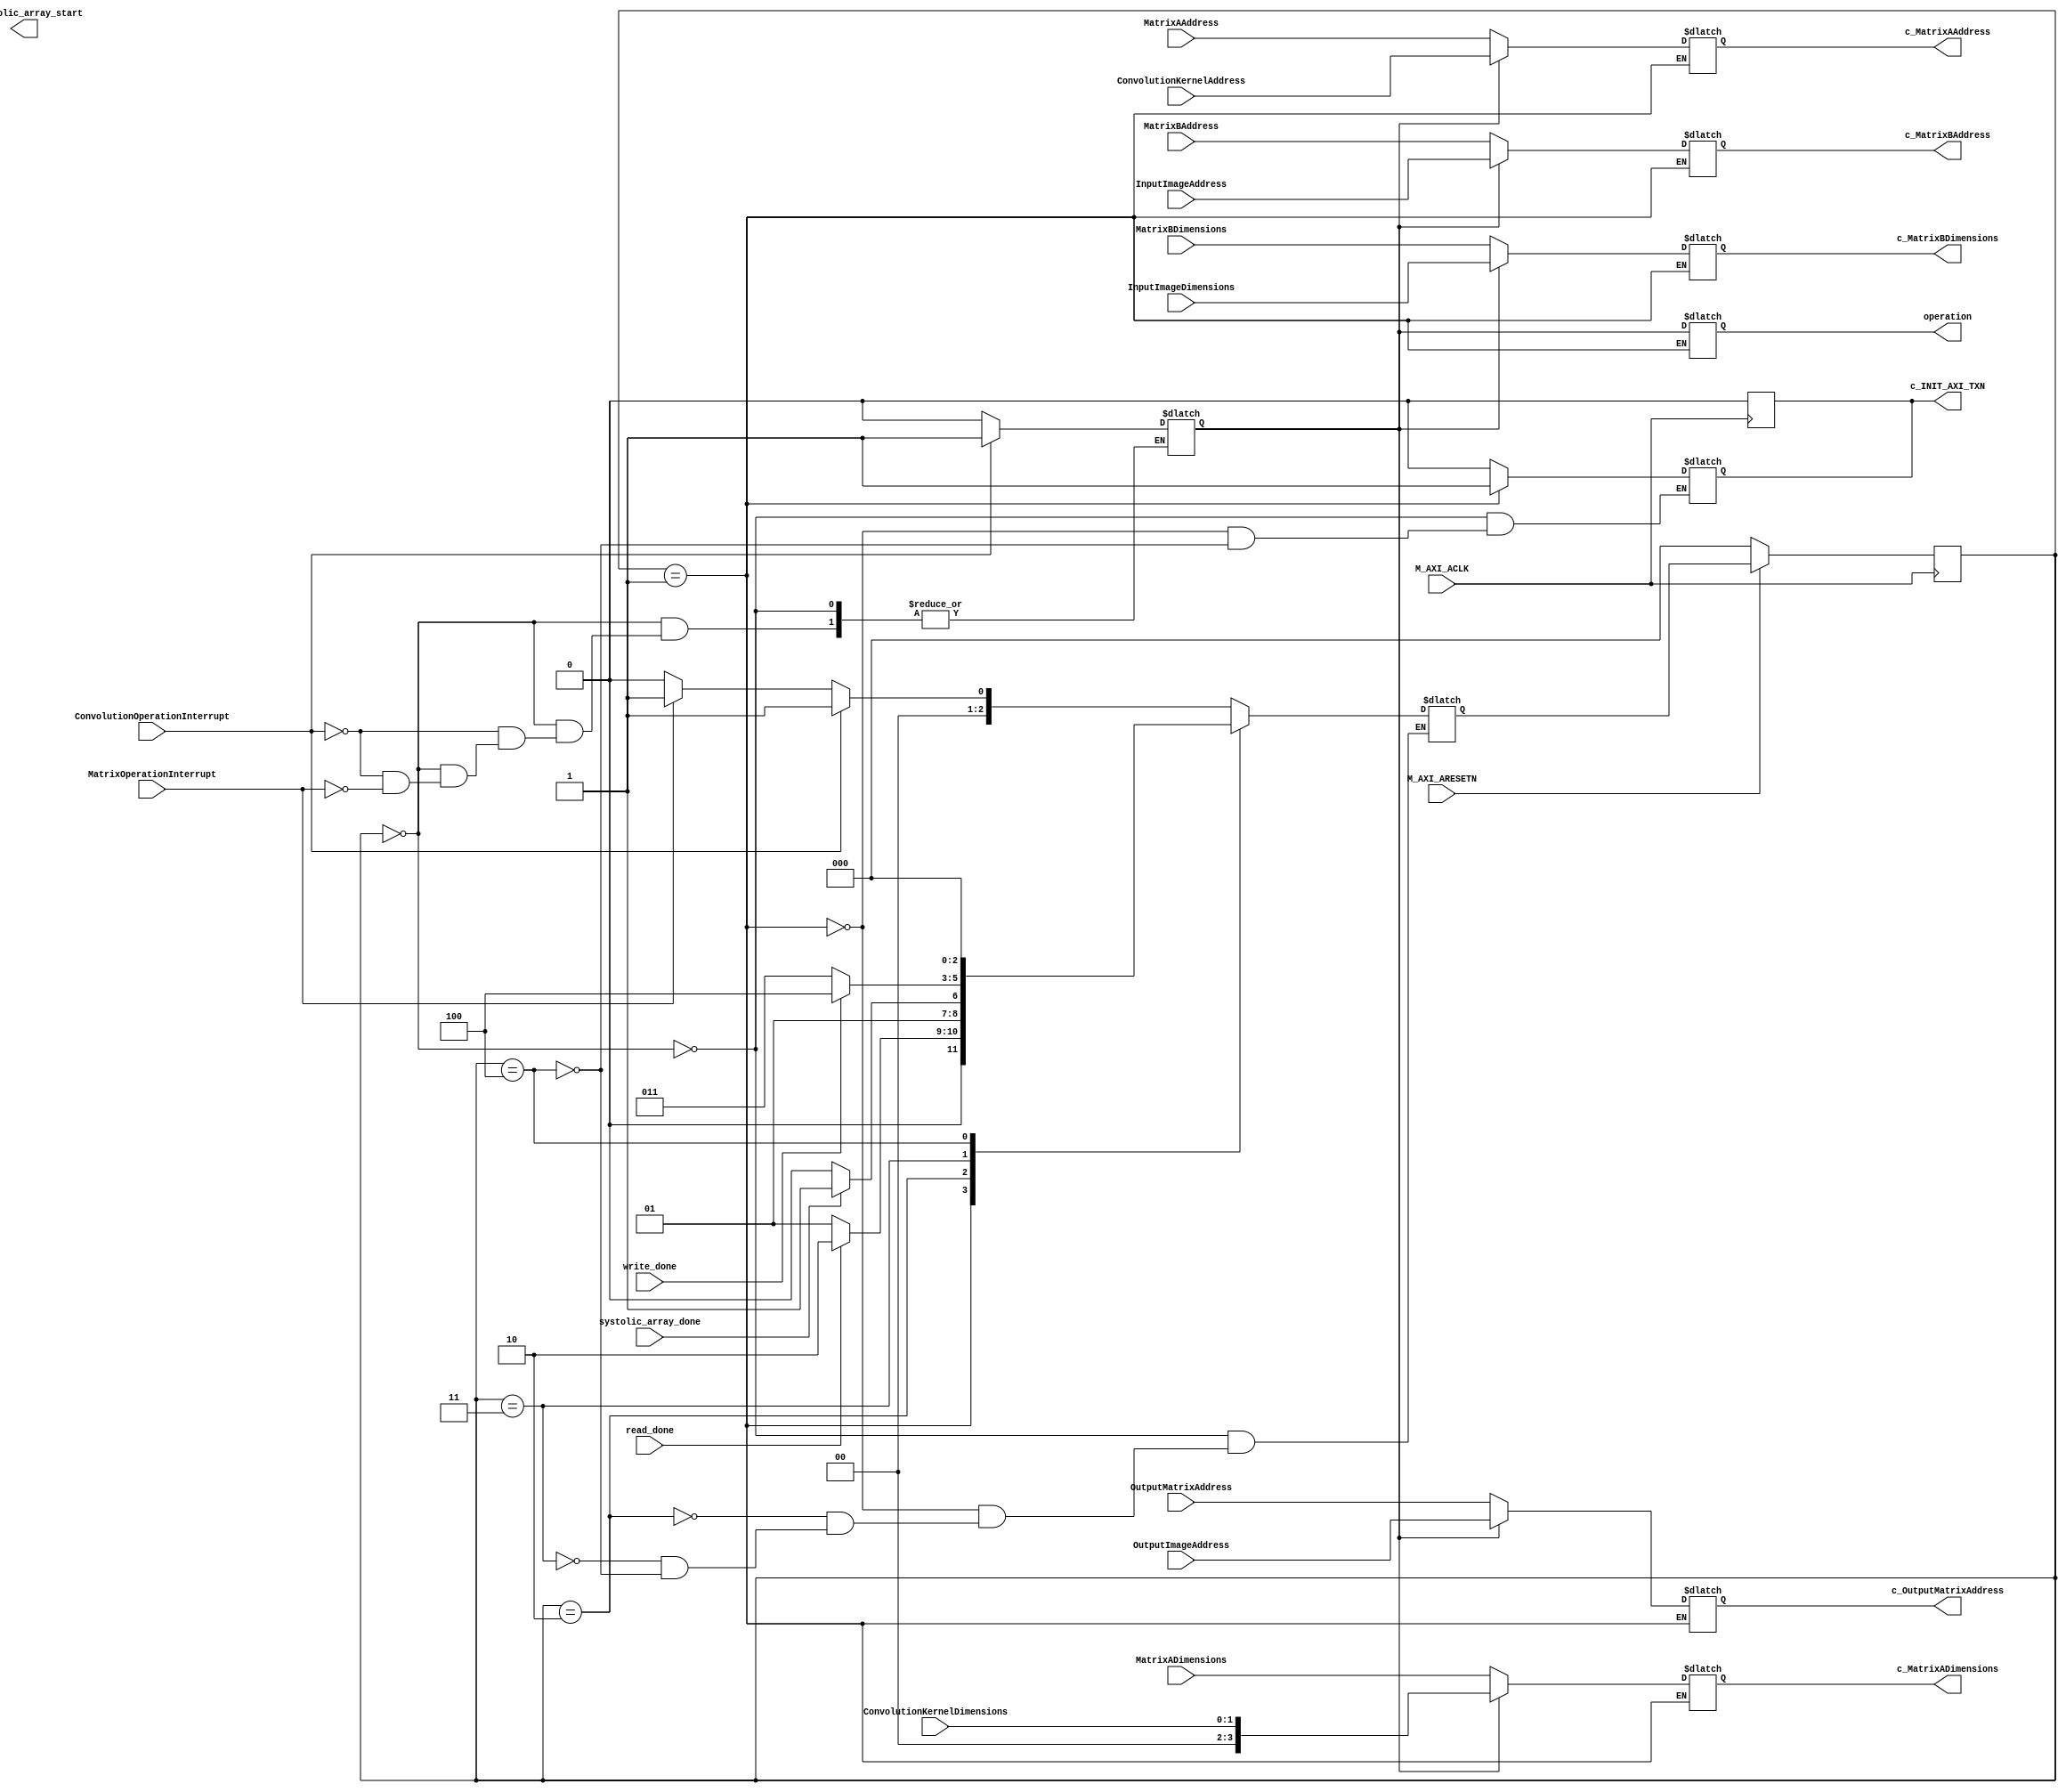
`timescale 1ns / 1ps
//////////////////////////////////////////////////////////////////////////////////
// Company: 
// Engineer: 
// 
// Design Name: 
// Module Name: controller
// Project Name: 
// Target Devices: 
// Tool Versions: 
// Description: 
// 
// Dependencies: 
// 
// Revision:
// Revision 0.01 - File Created
// Additional Comments:
// 
//////////////////////////////////////////////////////////////////////////////////

module controller(
input M_AXI_ACLK,
    input M_AXI_ARESETN,
    input wire [31:0] InputImageAddress,
    input wire [3:0] InputImageDimensions,
    input wire [31:0] ConvolutionKernelAddress,
    input wire [1:0] ConvolutionKernelDimensions,
    input wire [31:0] OutputImageAddress,
    input wire [31:0] MatrixAAddress,
    input wire [3:0] MatrixADimensions,
    input wire [31:0] MatrixBAddress,
    input wire [3:0] MatrixBDimensions,
    input wire [31:0] OutputMatrixAddress,
    input wire ConvolutionOperationInterrupt,
    input wire MatrixOperationInterrupt,

    output reg [31:0] c_MatrixAAddress,
    output reg [3:0] c_MatrixADimensions,
    output reg [31:0] c_MatrixBAddress,
    output reg [3:0] c_MatrixBDimensions,
    output reg [31:0] c_OutputMatrixAddress,
    output reg operation,

    input read_done,
    input systolic_array_done,
    input write_done,

    output c_INIT_AXI_TXN,
    output c_systolic_array_start
);

    // Internal registers and wires
    reg [2:0] state, next_state;
    reg INIT_AXI_TXN;
    reg systolic_array_start;
    assign c_INIT_AXI_TXN = INIT_AXI_TXN;

    always @(posedge M_AXI_ACLK) begin
        if (INIT_AXI_TXN == 1) begin
            INIT_AXI_TXN <= 1'b0;
        end
    end

    reg operation_type; // 0: Matrix, 1: Convolution

    // State machine states
    parameter IDLE = 3'b000;
    parameter READ_DATA = 3'b001;
    parameter COMPUTE = 3'b010;
    parameter WRITE_DATA = 3'b011;
    parameter DONE = 3'b100;

    // State machine
    always @(posedge M_AXI_ACLK) begin
        if (!M_AXI_ARESETN) begin
            state <= IDLE;
        end else begin
            state <= next_state;
        end
    end

    always @(*) begin
        case (state)
            IDLE: begin
                if (ConvolutionOperationInterrupt) begin
                    next_state = READ_DATA;
                    operation_type = 1'b1; // Convolution
                end else if (MatrixOperationInterrupt) begin
                    next_state = READ_DATA;
                    operation_type = 1'b0; // Matrix
                end else begin
                    next_state = IDLE;
                end
            end
            READ_DATA: begin
                if (read_done) begin
                    next_state = COMPUTE;
                end else begin
                    next_state = READ_DATA;
                end
            end
            COMPUTE: begin
                if (systolic_array_done) begin
                    next_state = WRITE_DATA;
                end else begin
                    next_state = COMPUTE;
                end
            end
            WRITE_DATA: begin
                if (write_done) begin
                    next_state = DONE;
                end else begin
                    next_state = WRITE_DATA;
                end
            end
            DONE: begin
                next_state = IDLE;
            end
        endcase
    end

    // AXI Master control signals
    always @(*) begin
        case (state)
            IDLE: begin
                INIT_AXI_TXN = 1'b0;
                systolic_array_start = 1'b0;
            end
            READ_DATA: begin
                INIT_AXI_TXN = 1'b1;
                operation = operation_type;
                if (operation_type == 1'b0) begin // Matrix operation
                    c_MatrixAAddress = MatrixAAddress;
                    c_MatrixADimensions = MatrixADimensions;
                    c_MatrixBAddress = MatrixBAddress;
                    c_MatrixBDimensions = MatrixBDimensions;
                    c_OutputMatrixAddress = OutputMatrixAddress;
                end else begin // Convolution operation
                    c_MatrixAAddress = ConvolutionKernelAddress;
                    c_MatrixADimensions = ConvolutionKernelDimensions;
                    c_MatrixBAddress = InputImageAddress;
                    c_MatrixBDimensions = InputImageDimensions;
                    c_OutputMatrixAddress = OutputImageAddress;
                end
            end
            COMPUTE: begin
                systolic_array_start <= 1'b1;
                // Load input and weight data into systolic array
                // ...
            end
            WRITE_DATA: begin
               
               
            end
            DONE: begin
                INIT_AXI_TXN = 1'b0;
                systolic_array_start = 1'b0;
            end
        endcase
    end

endmodule